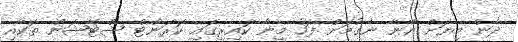
ދެން މިޔަށް އޭނާ ނެގުމަށް ފަހު މީނާ ކައިރީގައި ކަރަންޓް ޝްޓޭޝަން ތަކާއި